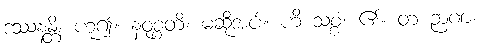
ဒဿနန္တိ၊ ဟူ၍။ နဝုစ္စတိ၊ မဆိုအပ်။ ဟိ သစ္စံ၊ ၏။ တံ ဉာဏံ၊